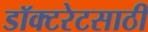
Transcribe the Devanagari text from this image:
डॉक्टरेटसाठी